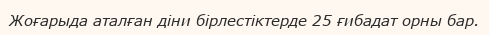
Жоғарыда аталған діни бірлестіктерде 25 ғибадат орны бар.